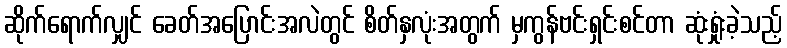
ဆိုက်ရောက်လျှင် ခေတ်အပြောင်းအလဲတွင် စိတ်နှလုံးအတွက် မှကွန်ဗင်းရှင်းစင်တာ ဆုံးရှုံးခဲ့သည့်